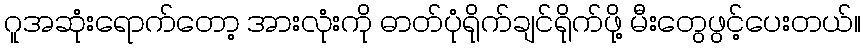
ဂူအဆုံးရောက်တော့ အားလုံးကို ဓာတ်ပုံရိုက်ချင်ရိုက်ဖို့ မီးတွေဖွင့်ပေးတယ်။